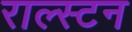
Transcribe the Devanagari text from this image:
राल्स्टन